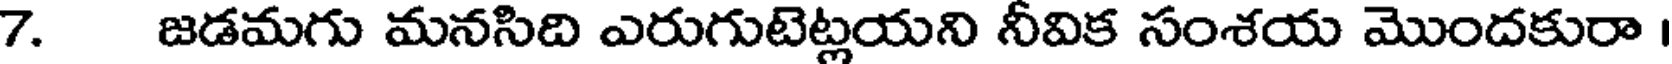
7. జడమగు మనసిది ఎరుగుటెట్లయని నీవిక సంశయ మొందకురా